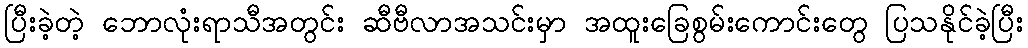
ပြီးခဲ့တဲ့ ဘောလုံးရာသီအတွင်း ဆီဗီလာအသင်းမှာ အထူးခြေစွမ်းကောင်းတွေ ပြသနိုင်ခဲ့ပြီး